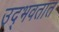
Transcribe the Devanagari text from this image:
उद्‍भवतात